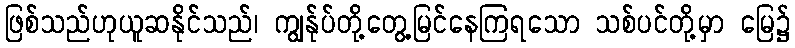
ဖြစ်သည်ဟုယူဆနိုင်သည်၊ ကျွန်ုပ်တို့တွေ့မြင်နေကြရသော သစ်ပင်တို့မှာ မြေ၌